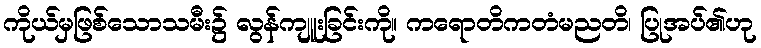
ကိုယ်မှဖြစ်သောသမီး၌ လွန်ကျူးခြင်းကို။ ကရောတိကတံမညတိ၊ ပြုအပ်၏ဟု